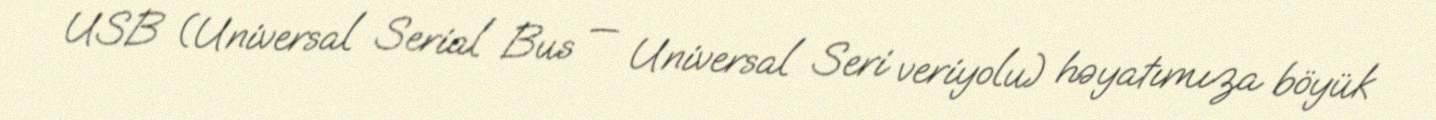
USB (Universal Serial Bus — Universal Seri veriyolu) həyatımıza böyük